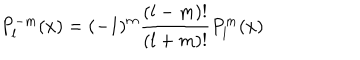
P _ { l } ^ { - m } ( x ) = ( - 1 ) ^ { m } \frac { ( l - m ) ! } { ( l + m ) ! } P _ { l } ^ { m } ( x )